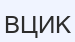
ВЦИК